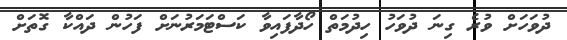
ދުވަހަށް ވުރެ ގިނަ ދުވަހު ހިދުމަތް ހޯދާފައިވާ ކަސްޓަމަރުނަށް ފަހުން ދައްކާ ގޮތަށް